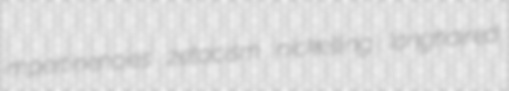
impertinencies zetacism nickelling longhaired